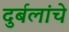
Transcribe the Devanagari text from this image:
दुर्बलांचे